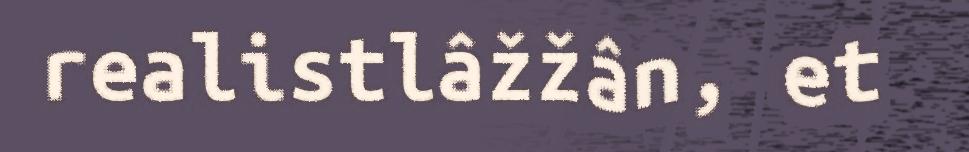
realistlâžžân, et